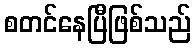
စတင်နေပြီဖြစ်သည်